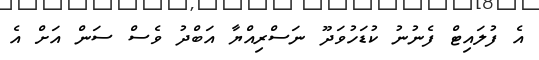
އެ ފުލައިޓް ފެނުނު ކުޑަހުވަދޫ ނަސްރިއްޔާ އަބްދު ވެސް ސަން އަށް އެ